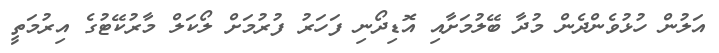
އަލުން ހުޅުވެންދެން މުދާ ބޭލުމަށާއި އޮޑިދޯނި ފަހަރު ފުރުމަށް ލޯކަލް މާރުކޭޓުގެ އިރުމަތީ